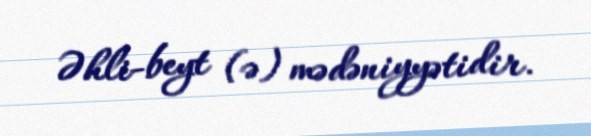
Əhli-beyt (ə) mədəniyyətidir.